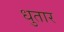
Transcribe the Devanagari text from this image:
धुतार